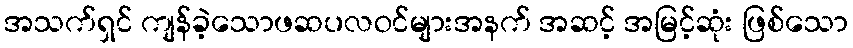
အသက်ရှင် ကျန်ခဲ့သောဖဆပလဝင်များအနက် အဆင့် အမြင့်ဆုံး ဖြစ်သော